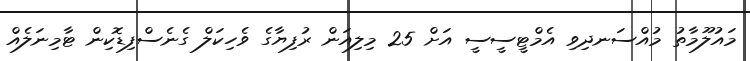
މައުލޫމާތު މުއްސަނދިވި އެމްޓީސީސީ އަށް 25 މިލިއަން ރުފިޔާގެ ވެހިކަލް ގެނެސްފިޑޮކިން ޓާމިނަލެއް